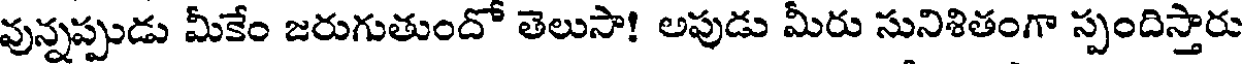
వున్నప్పుడు మీకేం జరుగుతుందో తెలుసా! అపుడు మీరు సునిశితంగా స్పందిస్తారు